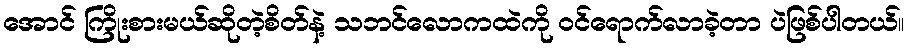
အောင် ကြိုးစားမယ်ဆိုတဲ့စိတ်နဲ့ သဘင်လောကထဲကို ဝင်ရောက်လာခဲ့တာ ပဲဖြစ်ပါတယ်။